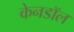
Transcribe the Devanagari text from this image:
केनडॉल